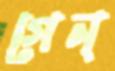
গেন্